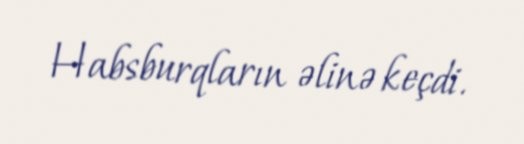
Habsburqların əlinə keçdi.